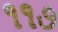
૧૧૭